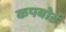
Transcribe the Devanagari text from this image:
कपबोर्ड